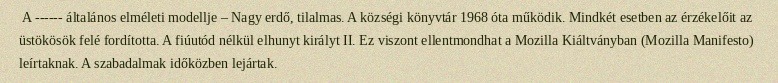
A ------ általános elméleti modellje – Nagy erdő, tilalmas. A községi könyvtár 1968 óta működik. Mindkét esetben az érzékelőit az üstökösök felé fordította. A fiúutód nélkül elhunyt királyt II. Ez viszont ellentmondhat a Mozilla Kiáltványban (Mozilla Manifesto) leírtaknak. A szabadalmak időközben lejártak.